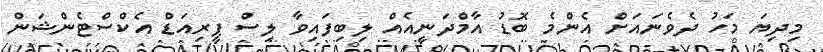
މިދިޔަ މަހު ދެވެނައަށް އެންމެ ބޮޑު އާމްދަނީއެއް ލިބިފައިވާ ލިސް ޕީރިއަޑް އެކްސްޓެންޝަން